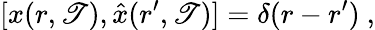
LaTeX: [x(r,\mathscr{T}),{\hat{{x}}}(r^{\prime},\mathscr{T})]=\delta(r-r^{\prime})~,